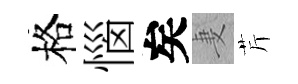
格惱矣妻芹